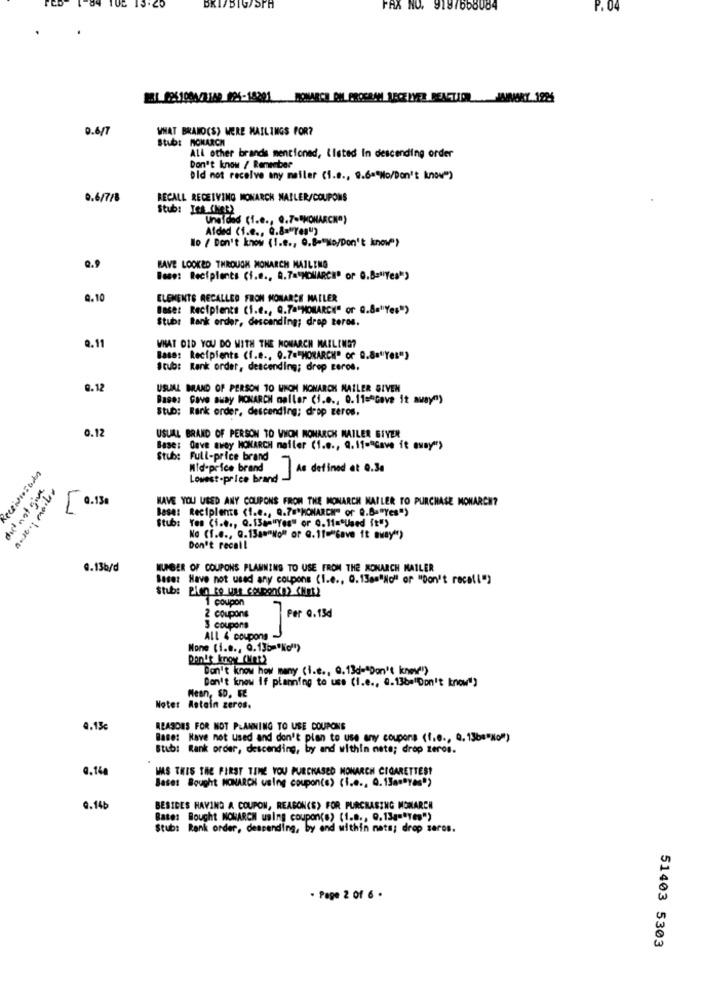
FAX HO. 9187668084
P. 04
ERL_6951004/2169 996-18201 MONARCH OM PROGRAM RECEIVER REACTION .JAIVORY .1286
0.6/7
WHAT BRAND(S) WERE MAILINGS FOR?
Stub: MONARCH
All other brands mentioned, listed in descending order
Don't know / Remember
Did not receive any mailer (1.8 ., 9.6="No/Don't know")
0.6/7/8
RECALL RECEIVING MONARCH NAILER/COUPONS
Stub: Les Cher)
Unefood (1.e ., 9.7="MONARCH")
Afded (f.e ., Q.8="Yes")
No / Don't know (1.e ., Q.8-"No/Don't know")
BAVE LOOKED THROUGH MONARCH MAILING
Base: Recipients (i.e ., Q.7="MONARCH" or Q.B="Yes")
9.10
ELEMENTS RECALLED FRON MONARCH NAILER
Base: Recipients (i.e ., Q.78"MONARCH" or 0.8="Yes")
Stub: Rank order, descending; drep teros.
9. 11
WHAT DID YOU DO WITH THE NOMARCH MAILINE?
Base: Recipients (f.e ., 9.7."HORARCH" of 0.8="Yes")
Stub: Rank order, descending; drop teros.
0.12
USUAL BRAND OF PERSON TO WHOM MONARCH NAILER GIVEN
Base: Gave away MONARCH maller (i.e ., 0.11="Gave it away")
Stub: Rank order, descending; drop geros,
0.12
USUAL BRAND OF PERSON TO WHOM MONARCH MAILER SIYER
Base: Gave away MONARCH mailer (1.e ., Q. 11-"Gave it away">
Stub: Full-price brand
Receivision
Mid-price brand
As defined at 0.34
Lowest price brand -
Ander; mailer
HAVE YOU USED ANY COUPONS FROM THE MONARCH NAILER TO PURCHASE MONARCH?
[ 0.130
Base: Recipients (1.e ., Q.78'MONARCH" or Q.B-"Yes")
Stubs
Ton (i.e ., Q.13a="Yes" or 0.11="Used ft")
No (f.e ., Q.13a="No" or @.1f="Save it away")
Don't recall
0.13b/d
NUMBER OF COUPONS PLANNING TO USE FROM THE MONARCH MAILER
Becer Have not used any coupons (I.e ., @.13pm"No" or "Don't recall")
Stub: Bien Ro uss coupon(n? < HER)
1 coupon
2 coupons
Per 0.13d
3 coupons
ALL 4 coupons J
Mone (1.8 ., 0.135="No")
Don't know (Mint)
Don't know how many (i.e ., Q.13d-"Don't know")
Don't know if planning to use (i.e ., ".13b="Don't know")
Mean, SD, FE
Noter Astoin zeros.
4.13€
REASONS FOR NOT PLANNING TO USE COUPONS
Base: Kave not used and don't plan to use any coupons (f.e ., Q. 13b="No")
Stub: Rank order, descending, by and within nete; drop zeros.
0.140
WAS THIS THE FIRST TIME YOU PURCHASED MONARCH CIGARETTES!
Bases Bought MONARCH using coupon(s) (I.e ., Q.13a="Yes")
0.14b
BESIDES HAVING A COUPON, REASON(S) FOR PURCHASING MONARCH
Base: Bought MONARCH using coupon(s) (1.8 ., 9.13g="Yes")
Stub: Rank order, descending, by end within nats; drop seros.
. Page 2 Of 6 .
51403 5303